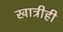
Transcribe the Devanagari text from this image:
खात्रीही